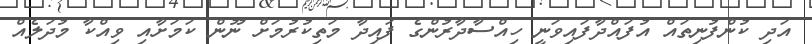
އަދި ކުންފުނިތައް އުފައްދާފައިވަނީ ހިއްސާދާރުންގެ ފައިދާ މަތިކުރުމަށް ނޫން ކަމަށާއި ވިއްކާ މުދަލެއް